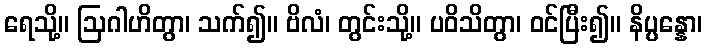
ရေသို့။ ဩဂါဟိတွာ၊ သက်၍။ ဗိလံ၊ တွင်းသို့။ ပဝိသိတွာ၊ ဝင်ပြီး၍။ နိပ္ပန္နော၊